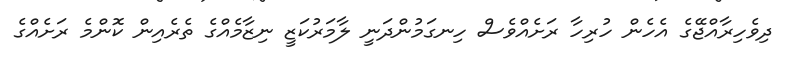
ދިވެހިރާއްޖޭގެ އެހެން ހުރިހާ ރަށެއްވެސް ހިނގަމުންދަނީ ލާމަރުކަޒީ ނިޒާމެއްގެ ތެރެއިން ކޮންމެ ރަށެއްގެ